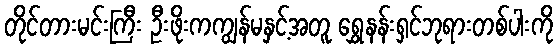
တိုင်တားမင်းကြီး ဦးဖိုးကကျွန်မနှင့်အတူ ရွှေနန်းရှင်ဘုရားတစ်ပါးကို